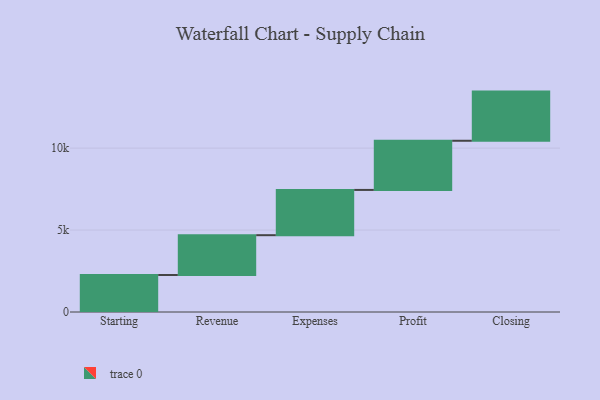
{"axis": {"x": "Step", "y": "Value"}, "legend": [""], "data": [{"x": "Starting", "y": 2258.0, "type": ""}, {"x": "Revenue", "y": 2429.0, "type": ""}, {"x": "Expenses", "y": 2762.0, "type": ""}, {"x": "Profit", "y": 3000, "type": ""}, {"x": "Closing", "y": 3000, "type": ""}]}